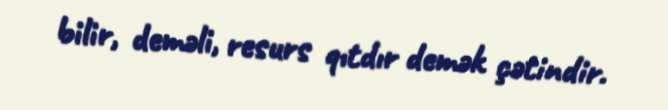
bilir, deməli, resurs qıtdır demək çətindir.